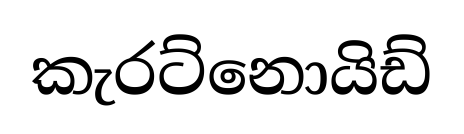
කැරට්නොයිඩ්